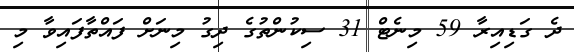
ދެ ގަޑިއިރާ 59 މިނެޓް 31 ސިކުންތުގެ ދިގު މިނަށް ފައްތާފައިވާ މި